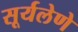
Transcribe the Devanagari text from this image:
सूर्यलेणे